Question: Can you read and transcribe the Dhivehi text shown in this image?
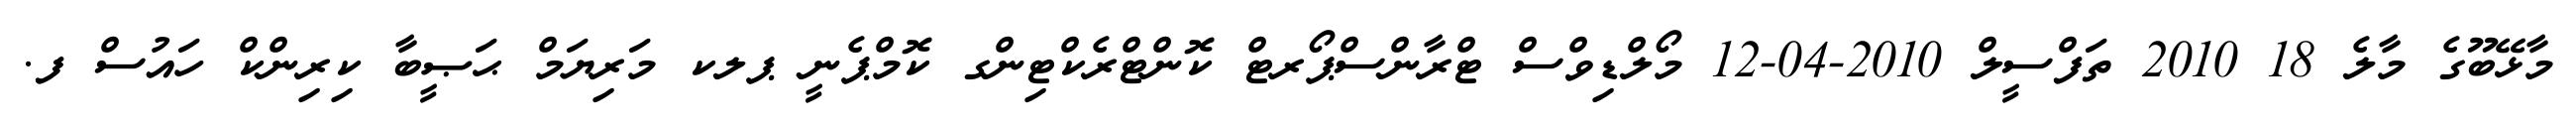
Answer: މާޅޭބޫގެ މާލެ 18 2010 ތަފްސީލް 2010-04-12 މޯލްޑިވްސް ޓްރާންސްޕޯރޓް ކޮންޓްރެކްޓިންގ ކޮމްޕެނީ ޕލކ މަރިޔަމް ޙަޞީބާ ކިރިންކް ހައުސް ފ.